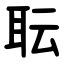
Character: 耺